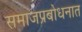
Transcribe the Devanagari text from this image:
समाजप्रबोधनात